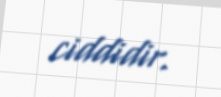
ciddidir.